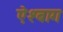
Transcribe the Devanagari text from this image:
ऐश्बाग